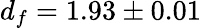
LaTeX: d_{f}=1.93\pm 0.01